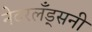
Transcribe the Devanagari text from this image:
नेदरलँड्सनी